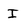
Character: I